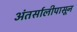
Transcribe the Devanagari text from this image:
अंतर्सालीपासून